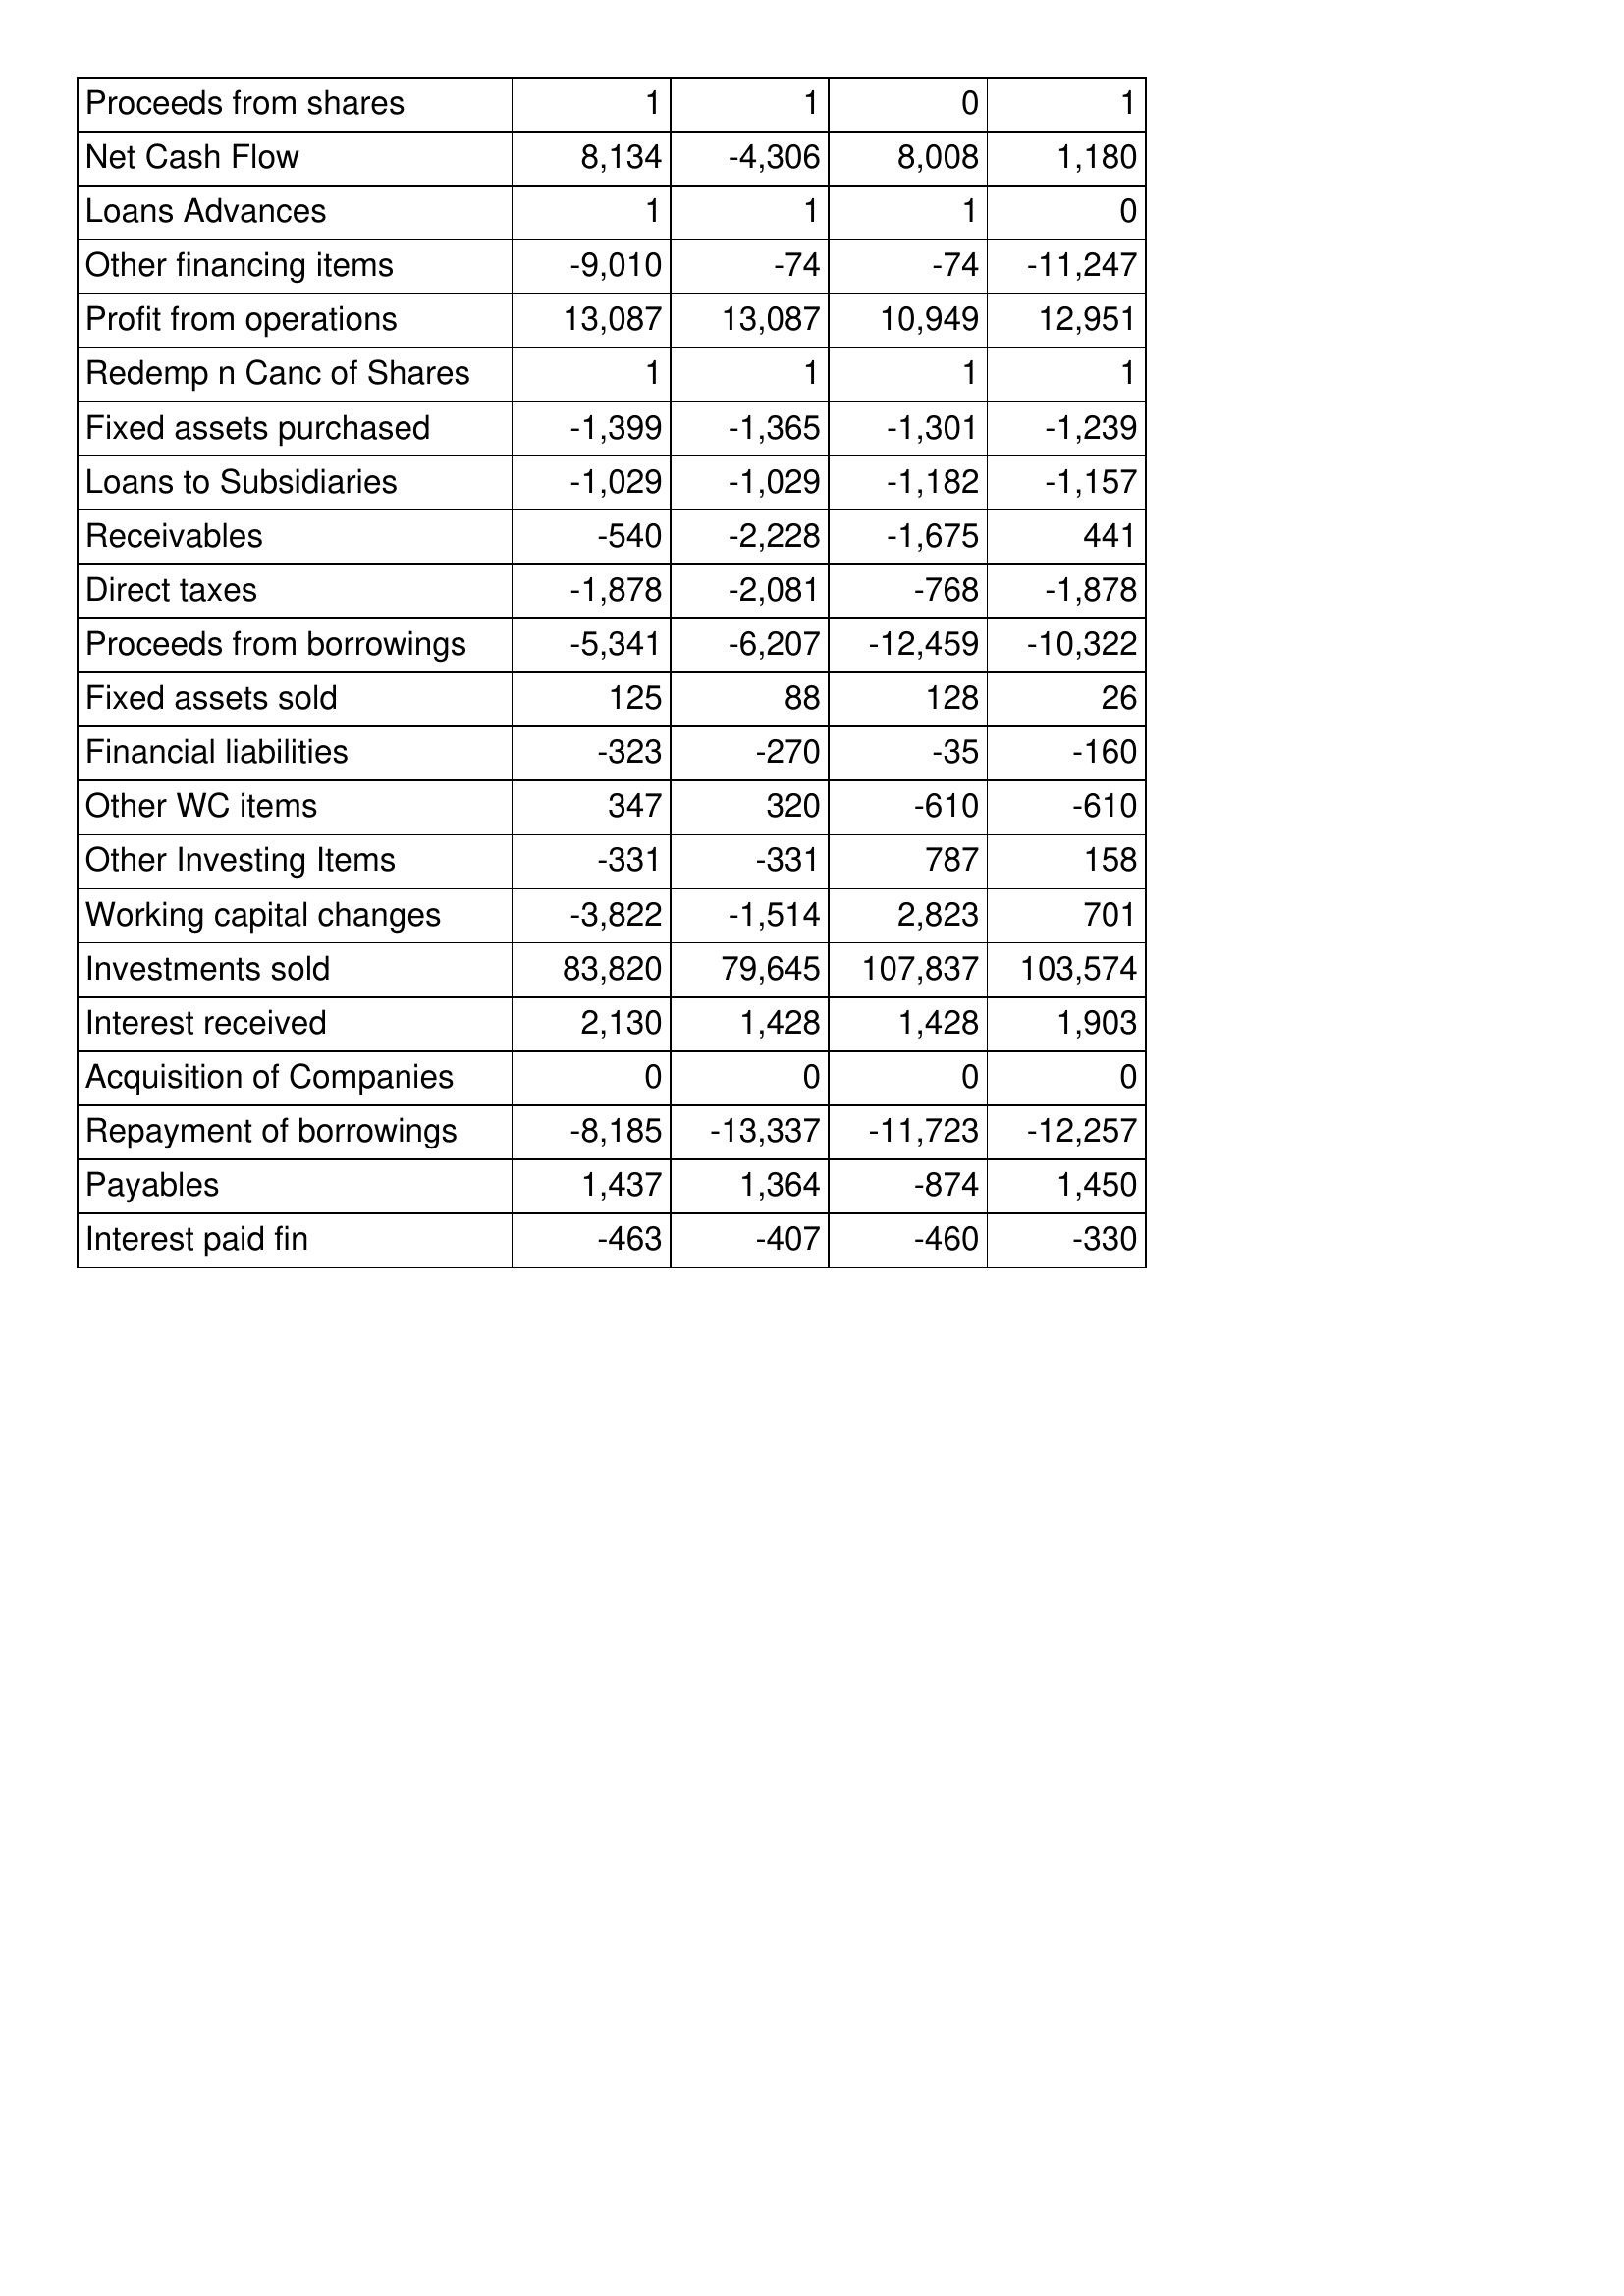
Oct-10: Cash Flows: Proceeds from shares: 1
Net Cash Flow: 8,134
Loans Advances: 1
Other financing items: -9,010
Profit from operations: 13,087
Redemp n Canc of Shares: 1
Fixed assets purchased: -1,399
Loans to Subsidiaries: -1,029
Receivables: -540
Direct taxes: -1,878
Proceeds from borrowings: -5,341
Fixed assets sold: 125
Financial liabilities: -323
Other WC items: 347
Other Investing Items: -331
Working capital changes: -3,822
Investments sold: 83,820
Interest received: 2,130
Acquisition of Companies: 0
Repayment of borrowings: -8,185
Payables: 1,437
Interest paid fin: -463
Oct-11: Cash Flows: Proceeds from shares: 1
Net Cash Flow: -4,306
Loans Advances: 1
Other financing items: -74
Profit from operations: 13,087
Redemp n Canc of Shares: 1
Fixed assets purchased: -1,365
Loans to Subsidiaries: -1,029
Receivables: -2,228
Direct taxes: -2,081
Proceeds from borrowings: -6,207
Fixed assets sold: 88
Financial liabilities: -270
Other WC items: 320
Other Investing Items: -331
Working capital changes: -1,514
Investments sold: 79,645
Interest received: 1,428
Acquisition of Companies: 0
Repayment of borrowings: -13,337
Payables: 1,364
Interest paid fin: -407
Oct-12: Cash Flows: Proceeds from shares: 0
Net Cash Flow: 8,008
Loans Advances: 1
Other financing items: -74
Profit from operations: 10,949
Redemp n Canc of Shares: 1
Fixed assets purchased: -1,301
Loans to Subsidiaries: -1,182
Receivables: -1,675
Direct taxes: -768
Proceeds from borrowings: -12,459
Fixed assets sold: 128
Financial liabilities: -35
Other WC items: -610
Other Investing Items: 787
Working capital changes: 2,823
Investments sold: 107,837
Interest received: 1,428
Acquisition of Companies: 0
Repayment of borrowings: -11,723
Payables: -874
Interest paid fin: -460
Oct-13: Cash Flows: Proceeds from shares: 1
Net Cash Flow: 1,180
Loans Advances: 0
Other financing items: -11,247
Profit from operations: 12,951
Redemp n Canc of Shares: 1
Fixed assets purchased: -1,239
Loans to Subsidiaries: -1,157
Receivables: 441
Direct taxes: -1,878
Proceeds from borrowings: -10,322
Fixed assets sold: 26
Financial liabilities: -160
Other WC items: -610
Other Investing Items: 158
Working capital changes: 701
Investments sold: 103,574
Interest received: 1,903
Acquisition of Companies: 0
Repayment of borrowings: -12,257
Payables: 1,450
Interest paid fin: -330